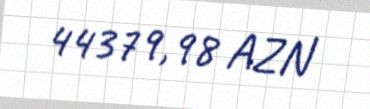
44379,98 AZN